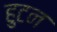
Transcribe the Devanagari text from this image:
हुटन